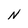
Character: N